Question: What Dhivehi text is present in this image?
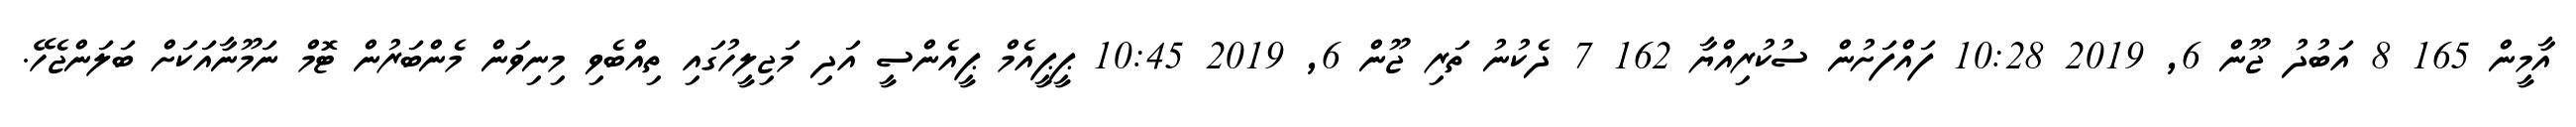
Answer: އާމީން 165 8 އަބުދު ޖޫން 6, 2019 10:28 ފައްފަށުން ސުކުރިއްޔާ 162 7 ދެކުނު ތަރި ޖޫން 6, 2019 10:45 ޕީޕީއެމް ޕީއެންސީ އަދި މަޖިލީހުގައި ތިއްބެވި މިނިވަން މެންބަރުން ޓޮމް ނަމޫނާއަކަށް ބަލަންޖެހޭ.